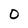
Character: O